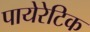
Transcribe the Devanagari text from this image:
पायेरेटिक